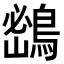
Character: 𪂨